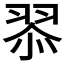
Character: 𮊿